Calcutta medical institutions reports 1892-1900
Year: 1892
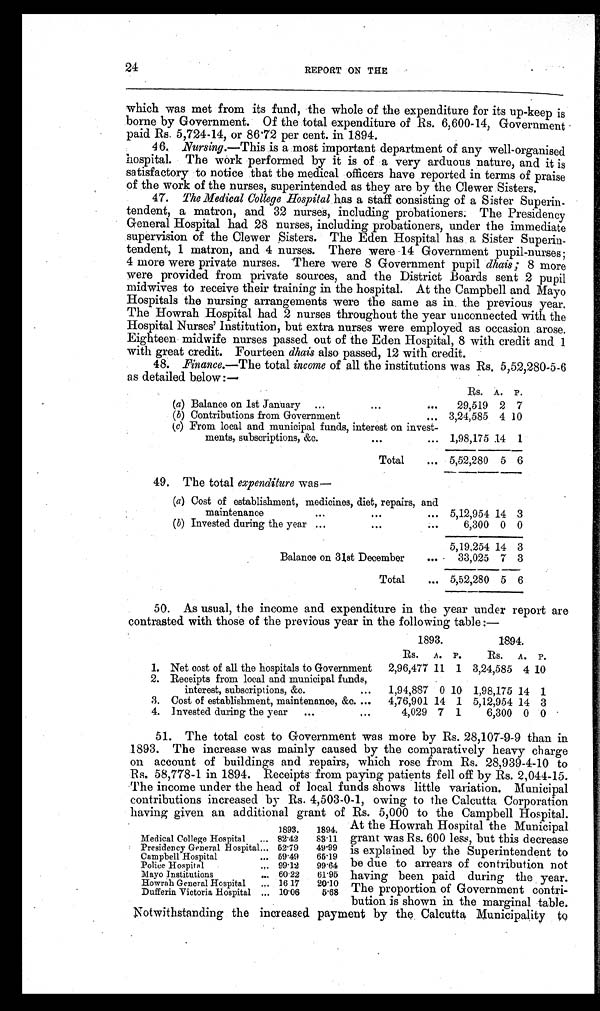
24
REPORT ON THE
which was met from its fund, the whole of the expenditure for its up-keep is
borne by Government. Of the total expenditure of Rs. 6,600-14, Government
p a i d Rs . 5 , 7 2 4 - 1 4 , o r 8 6 . 7 2 p e r c e n t . i n 1 8 9 4 .
46. Nursing.—This is a most important department of any well-organised
h o s p i t a l . T h e w o r k p e r f o r m e d b y i t i s o f a v e r y a r d u o u s n a t u r e , a n d i t i s
satisfactory to notice that the medical officers have reported in terms of praise
of the work of the nurses, superintended as they are by the Clewer Sisters.
47.T h e M e d i c a l C o l l e g e H o s p i t a lhas a staff consisting of a Sister Superin-
tendent, a matron, and 32 nurses, including probationers. The Presidency
General Hospital had 28 nurses, including probationers, under the immediate
supervision of the Clewer Sisters. The Eden Hospital has a Sister Superin-
tendent, 1 matron, and 4 nurses. There were 14 Government pupil-nurses;
4 more were private nurses. There were 8 Government pupil dhais; 8 more
were provided from private sources, and the District Boards sent 2 pupil
midwives to receive their training in the hospital. At the Campbell and Mayo
Hospitals the nursing arrangements were the same as in the previous year.
The Howrah Hospital had 2 nurses throughout the year unconnected with the
Hos pi t a l Nur s e s ’ I n s t i t u t i o n , b u t e x t r a n u r s e s we r e e mp l o y e d a s o c c a s i o n a r o s e .
Eighteen midwife nurses passed out of the Eden Hospital, 8 with credit and 1
with great credit. Fourteen dhais also passed, 12 with credit.
48. F inance.—The total income of all the institutions was Rs. 5,52,280-5-6
as detailed below:—
Rs. A. P .
(a) Balance on 1st January
...
...
. . .
29,519 2 7
( b) Contributions from Government
. . . 3,24,585 4 10
(c) From local and municipal funds, interest on invest-
ments, subscriptions, &c. . .
. .
1,98,175 14 1
Total
. . . 5,52,280 5 6
49. The total expenditure was
—
(a) Cost of establishment, medicines, diet, repairs, and
maintenance
...
...
. . . 5,12,954 14 3
(b) Invested during the year ...
...
. . .
6,300 0 0
5,19,254 14 3
Balance on 31st December
. . .
33,025 7 3
Total
. . . 5,52,280 5 6
50. As usual, the income and expenditure in the year under report are
contrasted with those of the previous year in the following table:—
1893.
1 8 9 4 .
Rs.
A. P.
Rs.
A. P .
1. Net cost of all the hospitals to Government
2,96,477 11 1 3,24,585 4 10
2. Receipts from local and municipal funds,
interest, subscriptions, &c.
. . .
1,94,887 0 10 1,98,175 14 1
3. Cost of establishment, maintenance, &c. ...
4,76,901 14 1 5,12,954 14 3
4. Invested during the year
...
. . .
4,029 7 1
6,300 0 0
51. The total cost to Government was more by Rs. 28,107-9-9 than in
1893. The increase was mainly caused by the comparatively heavy charge
on account of buildings and repairs, which rose from Rs. 28,939-4-10 to
Rs. 58,778-1 in 1894. Receipts from paying patients fell off by Rs. 2,044-15.
The income under the head of local funds shows little variation. Municipal
contributions increased by Rs. 4,503-0-1, owing to the Calcutta Corporation
having given an additional grant of Rs. 5,000 to the Campbell Hospital
.
1893.
1894.
Medical College Hospital
... 82.42
83.11
Presidency General Hospital... 52.79
49.99
Campbell Hospital
... 59.49
65.19
Police Hospital
99.12
99.64
Mayo Institutions
.., 60.22
61.95
Howrah General Hospital
16 17
20.10
Dufferin Victoria Hospital ... 10.06
5.68
At the Howrah Hospital the Municipal
grant was Rs. 600 less, but this decrease
is explained by the Superintendent to
be due to arrears of contribution not
having been paid during the year.
The proportion of Government contri-
bution is shown in the marginal table.
Notwithstanding the increased payment by the Calcutta Municipality to